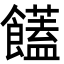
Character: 饚